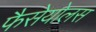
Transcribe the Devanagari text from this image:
फैसेयोलस